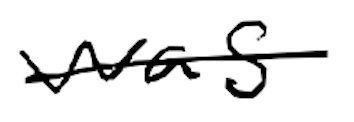
Text: was
Cross-out: single-line
Writing tool: digital_black